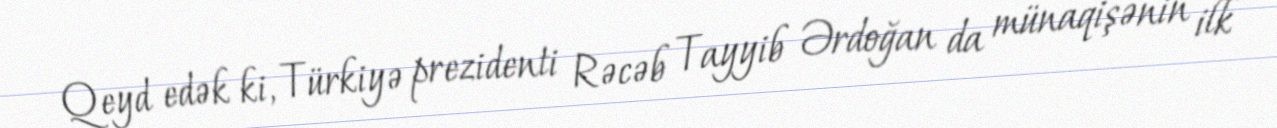
Qeyd edək ki, Türkiyə prezidenti Rəcəb Tayyib Ərdoğan da münaqişənin ilk